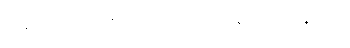
လူမှုထုံးတမ်းများကိုလည်းသိရှိ နားလည်နိုင်၏။